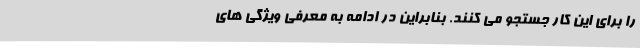
را برای این کار جستجو می کنند. بنابراین در ادامه به معرفی ویژگی های